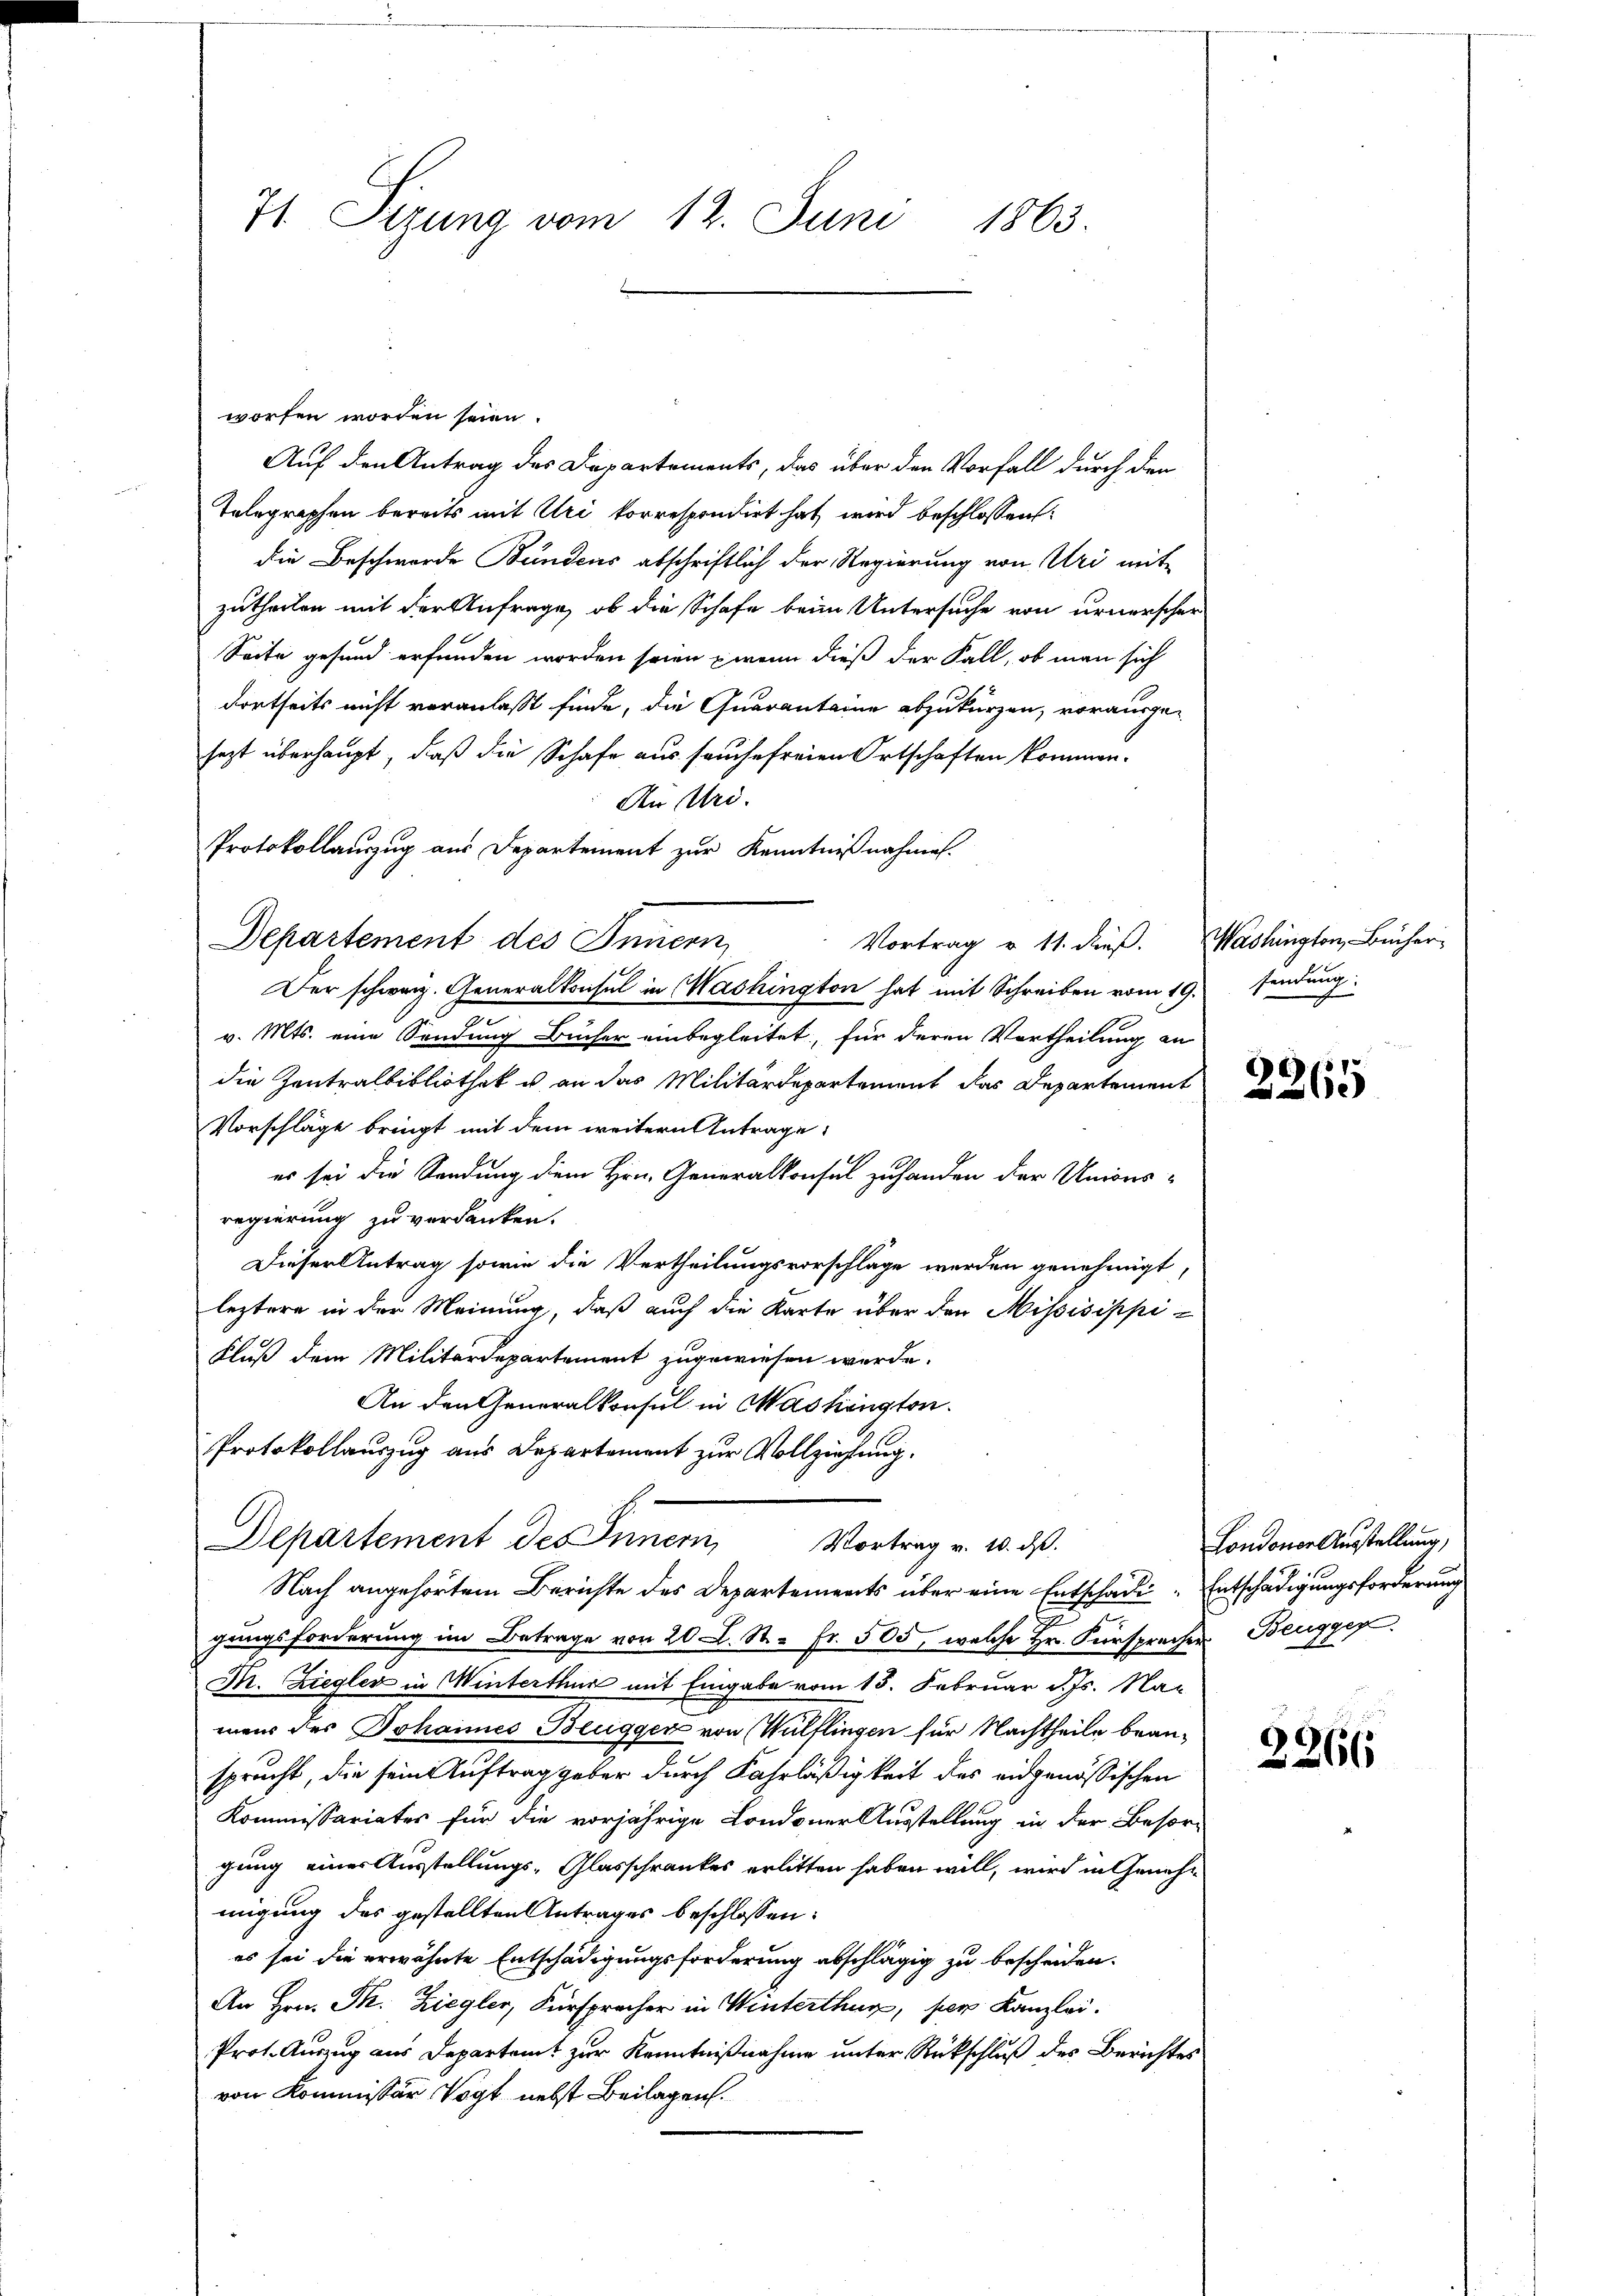
71. Sirung vom 12. Juni 1863.

worfen worden seien.
Auf den Antrag des Departements, das über den Vorfall durch den
Telegraphen bereits mit Uri korrespondirt hat, wird beschlossen:
die Beschwerde Bundens abschriftlich der Regierung von Uri mit
zutheilen mit der Anfrage, ob die Schafe beim Untersuche von urnerscher
Seite gesund erfunden worden seien wenn dieß der Fall, ob man sich
dortseits nicht veranlasst finde, die Quaranteine abzukürzen, vorausge-
sezt überhaupt, daß die Schafe aus seuche freien Ortschaften kommen.
An Uri.
Protokollauszug aus Departement zur Kenntnißnahmen.
Departement des Innern,
Vortrag u. 11. dieß. Washington, Bücher,
Der schweiz. Generalkonsul in Washington hat mit Schreiben vom 19.
v. Mts. eine Sendung Bücher einbegleitet, für deren Vortheilung an
die Zentralbibliothek u. an das Militärdepartement das Departement
Vorschläge bringt mit dem weitern Antrage:
es sei die Sendung dem Hrn. Generalkonsul zuhanden der Unions-
regierung zu verdanken.
Dieser Antrag sowie die Vertheilungsvorschlage werden genehmigt,
leztere in der Meinung, daß auch die Karte über den Missisippi¬
Fluß dem Militärdepartement zugewiesen werde.
An den Generalkonsul in Washington
Protokollauszug aus Departement zur Vollziehung.
Departement des Inner Vortrag u. d. d.
Nach angehörtem Berichte des Departements über eine Entschädi-Entschädigungsforderung
gungsforderung im Betrage von 20 L. St. Fr. 505, welche Hr. Fürsprechen Beugger.
Dr. Ziegler in Winterthur mit Eingabe vom 15. Februar d. Js. Na-
neur des Johannes Beugger von Wülflingen für Nachtheile beansprucht, die seine Auftrag geber durch Fahrläßigkeit des eidgenössischen
Kommissariates für die vorjährige Londoner Ausstellung in der Besorgung einer Ausstellungs-Glasschrankes erlitten haben will, wird in Genehmigung des gestellten Antrages beschlossen:
es sei die erwähnte Entschädigungsforderung abschlägig zu bescheiden.
An Hrn. Th. Ziegler, Fürspracher in Winterthur, per Kanzlei.
Prot. Auszug aus Departamt zur Kenntnißnahme unter Rückschluß des Berichtes
von Kommissär Vogt nebst Beilagen.

sendung:

2265

Londoner Ausstellung,

2266